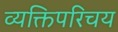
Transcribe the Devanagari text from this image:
व्यक्तिपरिचय